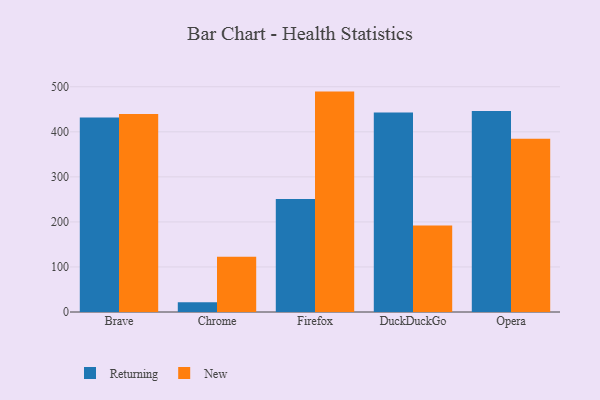
{"axis": {"x": "Browser", "y": "Churn Rate (%)"}, "legend": ["New", "Returning"], "data": [{"x": "Brave", "y": 431.6, "type": "Returning"}, {"x": "Brave", "y": 439.3, "type": "New"}, {"x": "Chrome", "y": 21.8, "type": "Returning"}, {"x": "Chrome", "y": 122.5, "type": "New"}, {"x": "Firefox", "y": 250.9, "type": "Returning"}, {"x": "Firefox", "y": 489.3, "type": "New"}, {"x": "DuckDuckGo", "y": 442.8, "type": "Returning"}, {"x": "DuckDuckGo", "y": 192.3, "type": "New"}, {"x": "Opera", "y": 446.3, "type": "Returning"}, {"x": "Opera", "y": 384.5, "type": "New"}]}